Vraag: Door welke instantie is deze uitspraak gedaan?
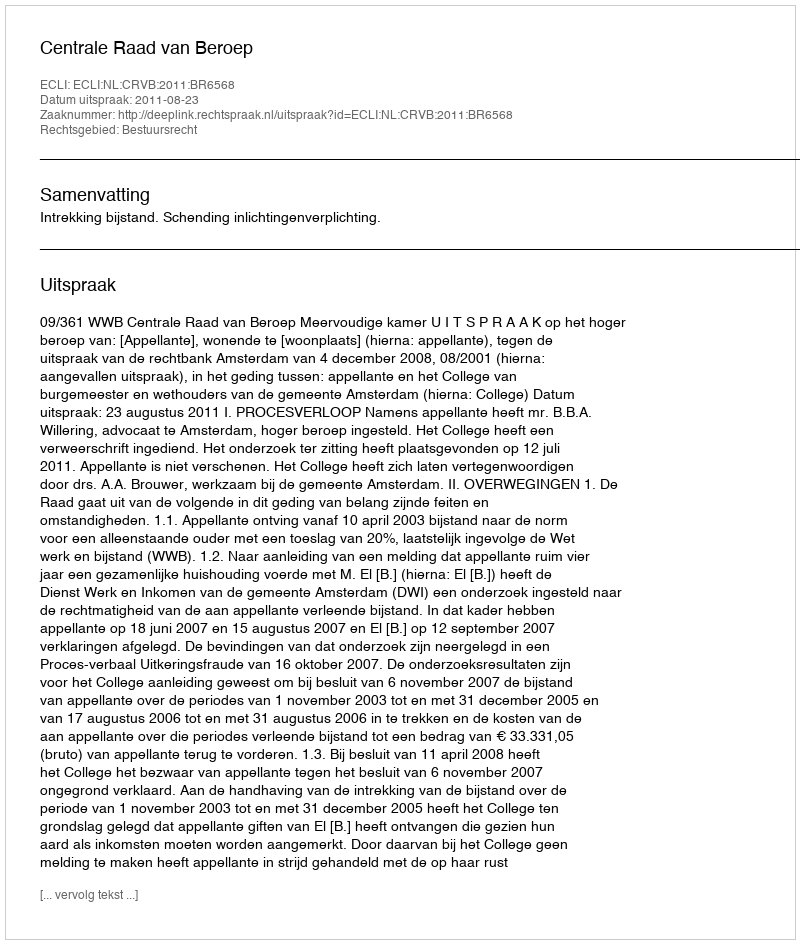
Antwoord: Centrale Raad van Beroep